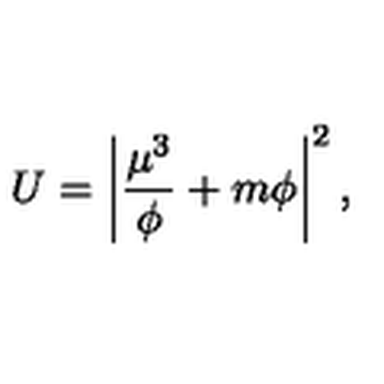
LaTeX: U = \left| \frac { \mu ^ { 3 } } { \phi } + m \phi \right| ^ { 2 } ,